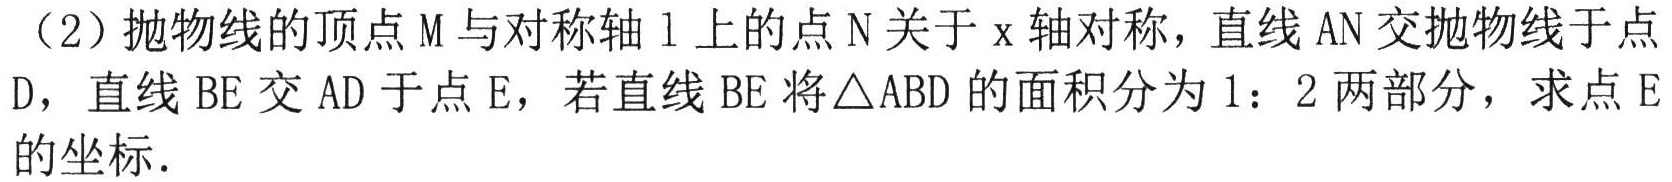
（2）抛物线的顶点\(M\)与对称轴\(l\)上的点\(N\)关于\(x\)轴对称，直线\(AN\)交抛物线于点\(D\)，直线\(BE\)交\(AD\)于点\(E\)，若直线\(BE\)将\(\triangle ABD\)的面积分为\(1:2\)两部分，求点\(E\)的坐标．